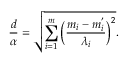
\frac { d } { \alpha } = \sqrt { \sum _ { i = 1 } ^ { m } \Big ( \frac { m _ { i } - m _ { i } ^ { ' } } { \lambda _ { i } } \Big ) ^ { 2 } } .